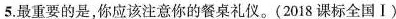
5. 最重要的是，你应该注意你的餐桌礼仪。(2018课标全国Ⅰ)